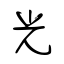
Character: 光